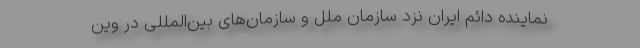
نماینده دائم ایران نزد سازمان‌ ملل و سازمان‌های بین‌المللی در وین